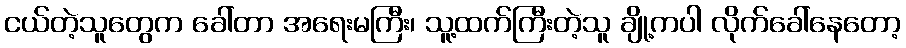
ငယ်တဲ့သူတွေက ခေါ်တာ အရေးမကြီး၊ သူ့ထက်ကြီးတဲ့သူ ချို့ကပါ လိုက်ခေါ်နေတော့